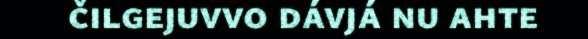
čilgejuvvo dávjá nu ahte